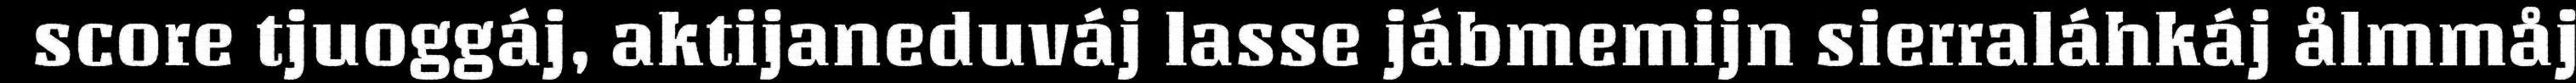
score tjuoggáj, aktijaneduváj lasse jábmemijn sierraláhkáj ålmmåj